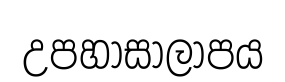
උපහාසාලාපය